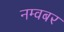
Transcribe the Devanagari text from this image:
नम्वबर